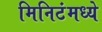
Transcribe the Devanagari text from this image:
मिनिटंमध्ये